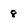
Character: 8